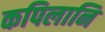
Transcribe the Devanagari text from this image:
कपिलानि